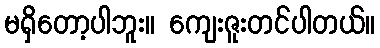
မရှိတော့ပါဘူး။ ကျေးဇူးတင်ပါတယ်။